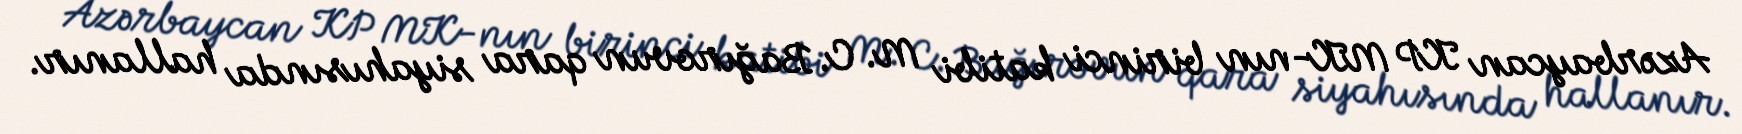
Azərbaycan KP MK-nın birinci katibi M. C. Bağırovun qara siyahısında hallanır.